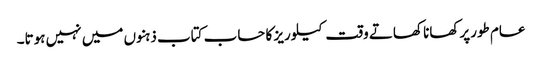
عام طورپرکھانا کھاتے وقت کیلوریز کا حساب کتاب ذہنوں میں نہیں ہوتا۔